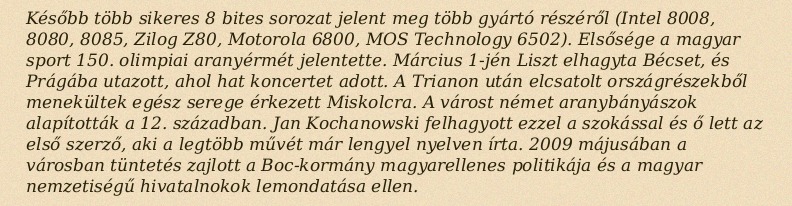
Később több sikeres 8 bites sorozat jelent meg több gyártó részéről (Intel 8008, 8080, 8085, Zilog Z80, Motorola 6800, MOS Technology 6502). Elsősége a magyar sport 150. olimpiai aranyérmét jelentette. Március 1-jén Liszt elhagyta Bécset, és Prágába utazott, ahol hat koncertet adott. A Trianon után elcsatolt országrészekből menekültek egész serege érkezett Miskolcra. A várost német aranybányászok alapították a 12. században. Jan Kochanowski felhagyott ezzel a szokással és ő lett az első szerző, aki a legtöbb művét már lengyel nyelven írta. 2009 májusában a városban tüntetés zajlott a Boc-kormány magyarellenes politikája és a magyar nemzetiségű hivatalnokok lemondatása ellen.